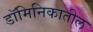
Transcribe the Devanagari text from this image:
डॉमिनिकातील